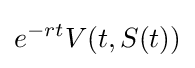
e^{-rt}V(t,S(t))